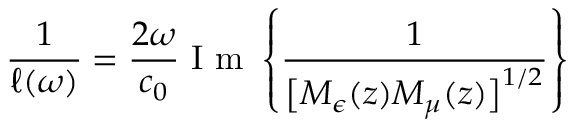
\frac { 1 } { \ell ( \omega ) } = \frac { 2 \omega } { c _ { 0 } } \mathrm { ~ I ~ m ~ } \left\{ \frac { 1 } { \big [ M _ { \epsilon } ( z ) M _ { \mu } ( z ) \big ] ^ { 1 / 2 } } \right\}